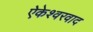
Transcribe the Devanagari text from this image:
ऐकेश्वरवाद